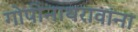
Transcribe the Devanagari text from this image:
गोपीनाथरावांना